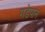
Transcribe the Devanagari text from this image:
गडेपान